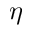
\eta